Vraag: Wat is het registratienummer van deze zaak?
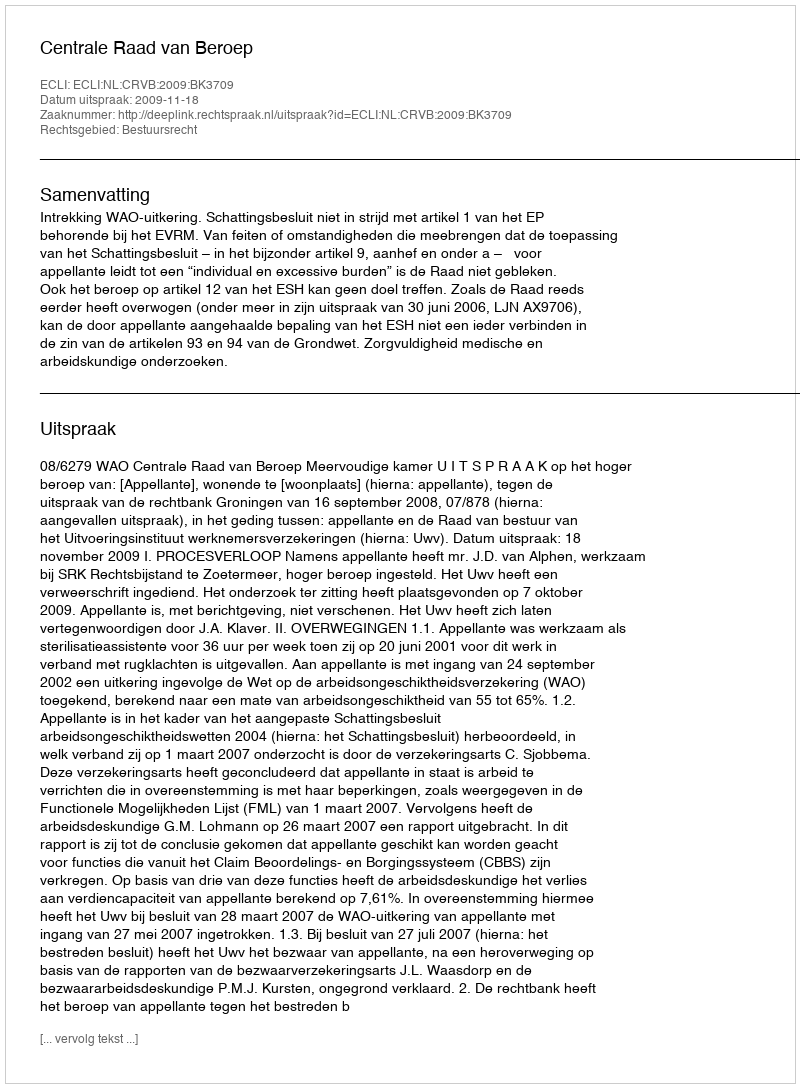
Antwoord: http://deeplink.rechtspraak.nl/uitspraak?id=ECLI:NL:CRVB:2009:BK3709